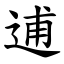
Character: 逋